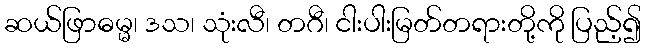
ဆယ်ဖြာဓမ္မ၊ ဒသ၊ သုံးလီ၊ တဂီ၊ ငါးပါးမြတ်တရားတို့ကို ပြည့်၍